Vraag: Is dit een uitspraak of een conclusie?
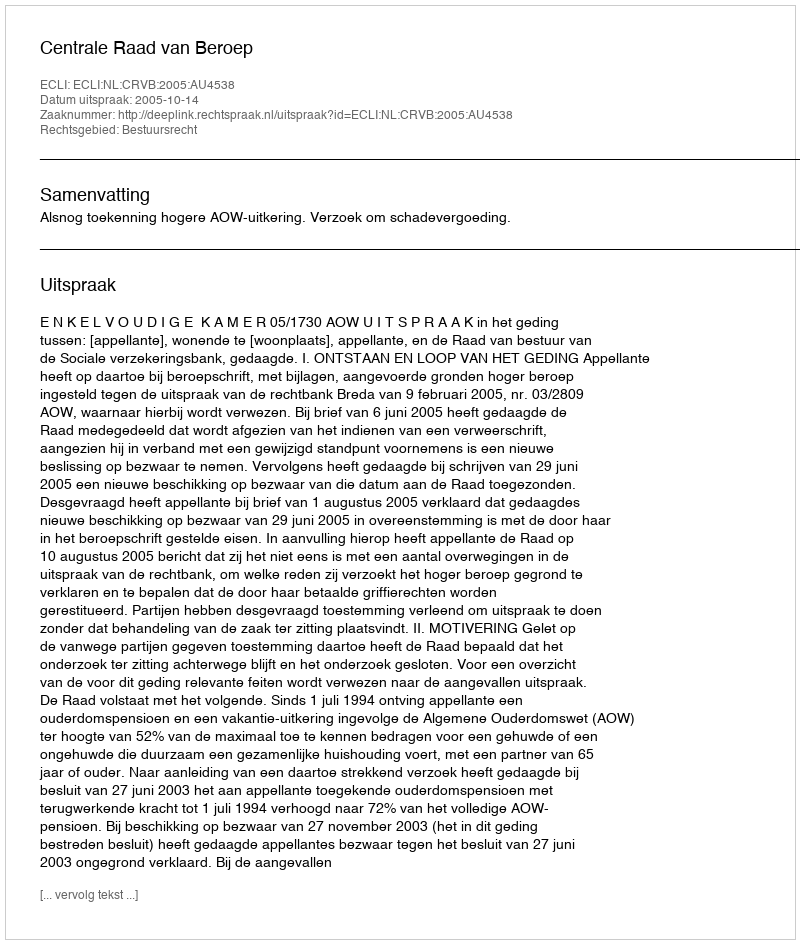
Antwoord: Uitspraak